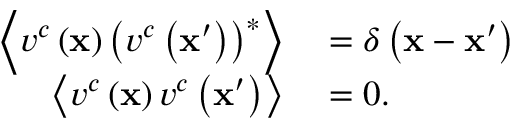
\begin{array} { r l } { \left\langle v ^ { c } \left( \mathbf { x } \right) \left( v ^ { c } \left( \mathbf { x } ^ { \prime } \right) \right) ^ { * } \right\rangle } & { { } = \delta \left( \mathbf { x } - \mathbf { x } ^ { \prime } \right) } \\ { \left\langle v ^ { c } \left( \mathbf { x } \right) v ^ { c } \left( \mathbf { x } ^ { \prime } \right) \right\rangle } & { { } = 0 . } \end{array}